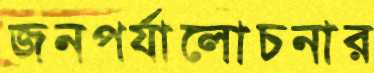
জনপর্যালোচনার